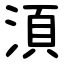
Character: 湏